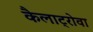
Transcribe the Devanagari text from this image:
कैलाट्रोवा